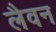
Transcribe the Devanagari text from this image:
लैवन